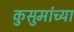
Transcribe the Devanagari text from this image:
कुसुमांच्या